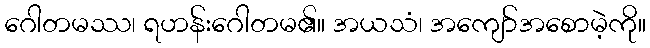
ဂေါတမဿ၊ ရဟန်းဂေါတမ၏။ အယသံ၊ အကျော်အစောမဲ့ကို။